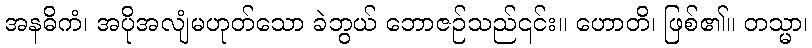
အနဓိကံ၊ အပိုအလျံမဟုတ်သော ခဲဘွယ် ဘောဇဉ်သည်၎င်း။ ဟောတိ၊ ဖြစ်၏။ တသ္မာ၊